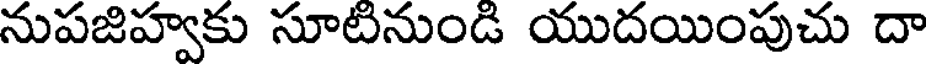
నుపజిహ్వకు సూటినుండి యుదయింపుచు దా